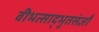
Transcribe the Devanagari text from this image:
वीभत्साद्भुतसंज्ञौ